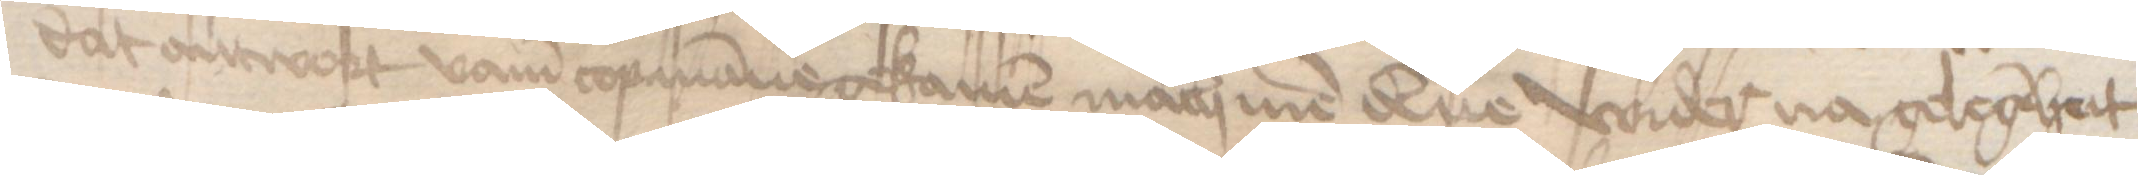
dat antwort vamm copmanne gekamen mach men denne wider na gelegeheit